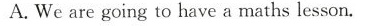
A.We are going to have a maths lesson.